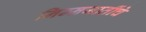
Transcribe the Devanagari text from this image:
निम्नजातींचे